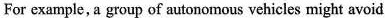
For example, a group of autonomous vehicles might avoid